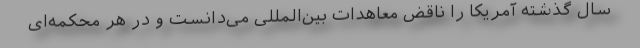
سال گذشته آمریکا را ناقض معاهدات بین‌المللی می‌دانست و در هر محکمه‌ای